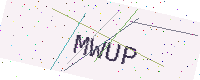
Text: MWUP